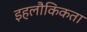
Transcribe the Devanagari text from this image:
इहलौकिकता